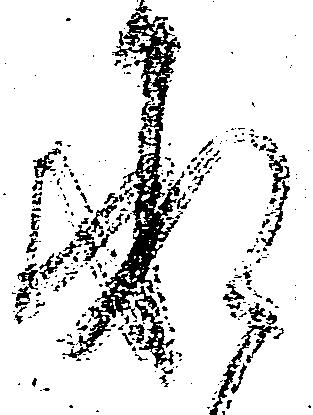
承